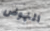
النهوض